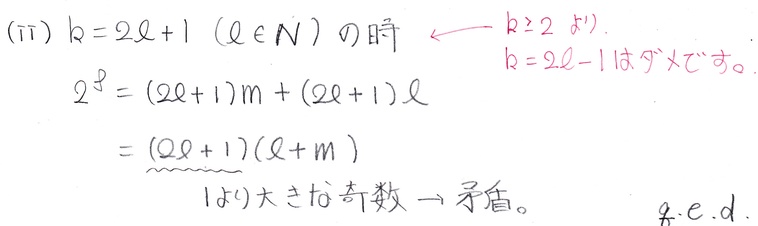
(\text{ii}) $k = 2\ell+1\ (\ell\in\mathbb{N})$ の時 $\longleftarrow k\geq2$ なので.
$k = 2\ell - 1$ はありえない。
\[
\begin{align*}
2^3&=(2\ell + 1)m+(2\ell+1)\ell\\
&=(2\ell + 1)(\ell + m)
\end{align*}
\]
1より大きな奇数 $\to$ 矛盾。 q.e.d.